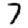
Digit: 7